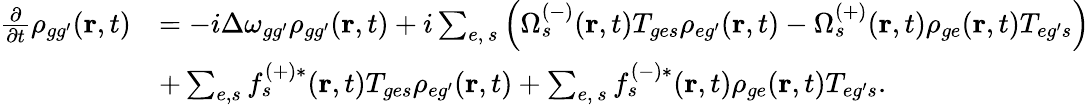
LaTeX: \begin{array}{rl}{\frac{\partial}{\partial t}\rho_{{gg^{\prime}}}(\textbf{r},t)}&{=-i\Delta\omega_{{gg^{\prime}}}\rho_{{gg^{\prime}}}(\textbf{r},t)+i\sum_{e,\, s}\left(\Omega_{s}^{(-)}(\textbf{r},t)T_{{ge}s}\rho_{{eg^{\prime}}}(\textbf{r},t)-\Omega_{s}^{(+)}(\textbf{r},t)\rho_{{ge}}(\textbf{r},t)T_{{eg^{\prime}}s}\right)}\\ &{+\sum_{e,s}f_{s}^{(+)*}(\textbf{r},t)T_{{ge}s}\rho_{{eg^{\prime}}}(\textbf{r},t)+\sum_{e,\, s}f_{s}^{(-)*}(\textbf{r},t)\rho_{{ge}}(\textbf{r},t)T_{{eg^{\prime}}s}.}\end{array}